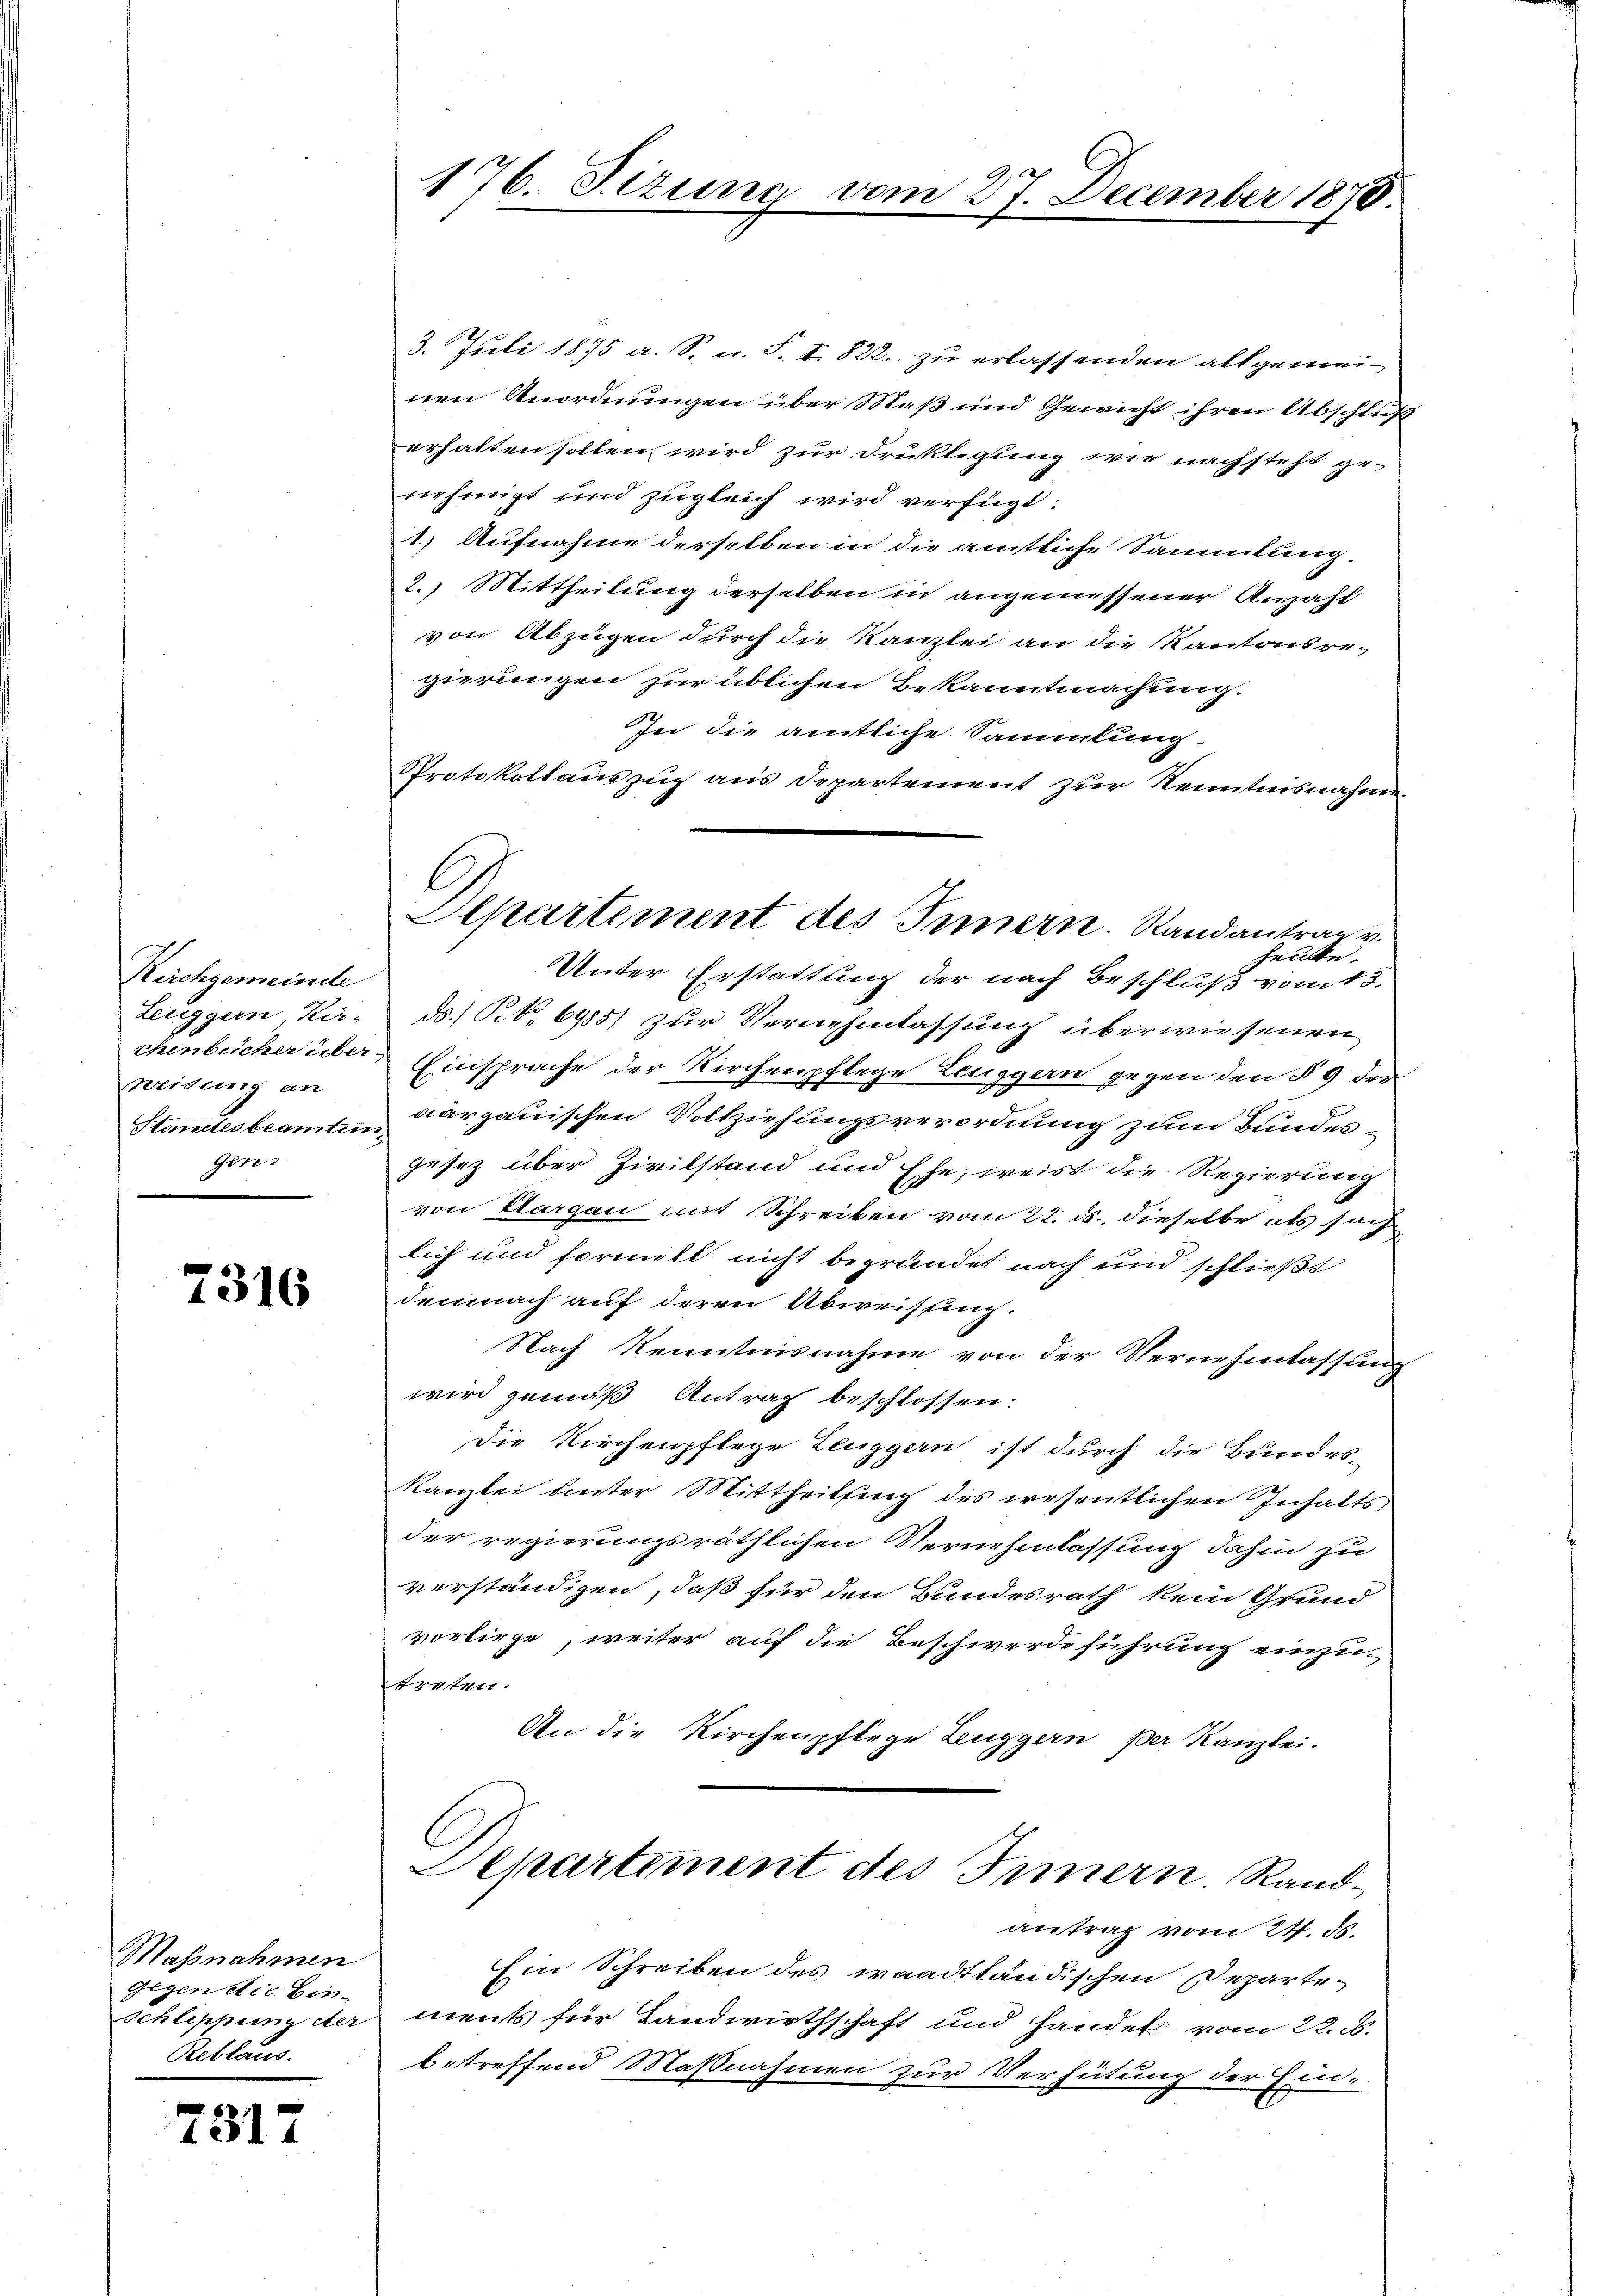
Kirchgemeinde
Leuggern, Kirthenbücher über
Weidung an
Stantes beamten
gen

7316

Maßnahmen
Gegen Act. Ein-
Schleppung der
Reblaus

7317

176. Situng vom 27. December 1870.

3. Juli 1875 a. S. u. S. I. 822 zu erlassenden allgemeinen Anordnungen über Maß und Gewicht ihren Abschluß
erhalten sollen wird zur Druklegung wie nachsteht genehmigt und zugleich wird verfügt:
1.) Aufnahme derselben in die amtliche Sammlung.
2.) Mittheilung derselben in angemessener Anzahl
von Abzügen durch die Kanzlei an die Kantonsregierungen zur üblichen Bekanntmachung.
In die amtliche Sammlung.
Protokollauszug aus Departement zur Kenntnisnahme
heute.
Unter Erstattung der nach Beschluß vom 13.
ds.) No 6985) zur Vernehmlassung überwiesenen
Einsprache der Kirchenpflege Leuggern gegen den § 9 der
aargauischen Vollziehungsverordnung zum Bundesgesetz über Zivilstand und Ehe, weist die Regierung
von Aargau mit Schreiben vom 22. ds., dieselbe als such
lich und formell nicht begründet nach und schließt
demnach auf deren Abweisung.
Nach Kenntnisnahme von der Vernehmlassung
wird gemäß Antrag beschlossen:
Die Kirchenpflege Leuggern ist durch die Bundes-
kanzlei unter Mittheilsing des wesentlichen Inhalts
der regierungsräthlichen Vernehmlassung dahin zu
verständigen, daß für den Bundesrath kein Grund
vorliege, weiter auf die Beschwerdeführung einzutreten.
An die Kirchenpflege Leuggern per Kanzlei.
Departiment des Innern Randantrag vom 24. ds.
Ein Schreiben des waadtländischen Departements für Landwirthschaft und Handel vom 22. d.
betreffend Maßnahmen zur Verhütung der Ein-

Separtement des Innern. Randantrag v.